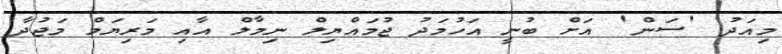
މިއަދު 'ސަން' އަށް ބުނީ އަހުމަދު ޖުމައްޔިލް ނިމާލް އާއި މަރިޔަމް މަޖުދާ